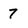
Character: 7